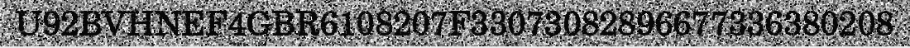
U92BVHNEF4GBR6108207F33073082896677336380208